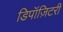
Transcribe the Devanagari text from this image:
डिपॉज़िटरी